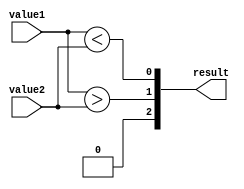
module comparator (
    input [31:0] value1,
    input [31:0] value2,
    output [2:0] result
);

wire [31:0] equal;
wire [31:0] greater;
wire [31:0] less;

assign equal = (value1 == value2);
assign greater = (value1 > value2);
assign less = (value1 < value2);

assign result[2] = &equal;
assign result[1] = |greater;
assign result[0] = |less;

endmodule